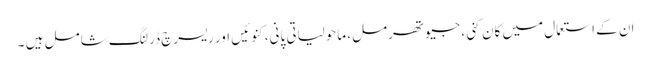
ان کے استعمال میں کان کنی، جیوتھرمل، ماحولیاتی پانی، کنوئیں اور ریسرچ ڈرلنگ شامل ہیں ۔